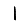
Digit: 1